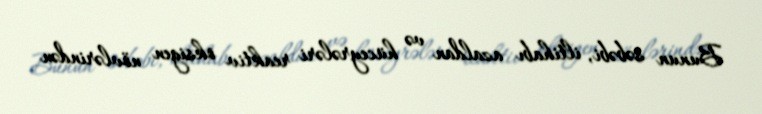
Bunun səbəbi, iltihabı azaldan və hüceyrələri reaktiv oksigen növlərindən